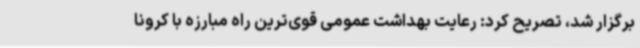
برگزار شد، تصریح کرد: رعایت بهداشت عمومی قوی‌ترین راه مبارزه با کرونا